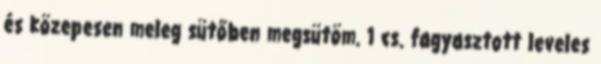
és közepesen meleg sütőben megsütöm. 1 cs. fagyasztott leveles